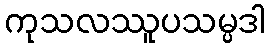
ကုသလဿူပသမ္ပဒါ